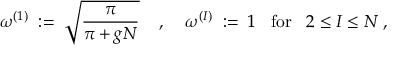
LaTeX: \omega ^ { ( 1 ) } \; : = \; \sqrt { \frac { \pi } { \pi + g N } } \; \; \; \; , \; \; \; \; \omega ^ { ( I ) } \; : = \; 1 \; \; \; \mathrm { f o r } \; \; \; 2 \leq I \leq N \; ,